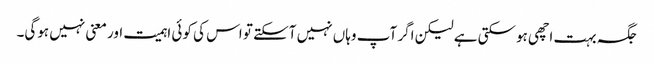
جگہ بہت اچھی ہوسکتی ہے لیکن اگر آپ وہاں نہیں آسکتے تو اس کی کوئی اہمیت اور معنی نہیں ہوگی۔